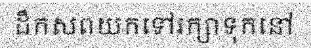
ដឹកសពយកទៅរក្សាទុកនៅ